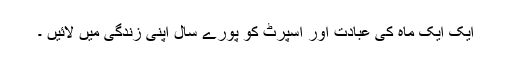
ایک ایک ماہ کی عبادت اور اسپرٹ کو پورے سال اپنی زندگی میں لائیں ۔